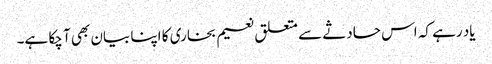
یاد رہے کہ اس حادثے سے متعلق نعیم بخاری کا اپنا بیان بھی آ چکا ہے۔